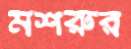
মশরুর